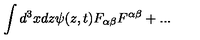
\int d ^ { 3 } x d z \psi ( z , t ) F _ { \alpha \beta } F ^ { \alpha \beta } + . . .